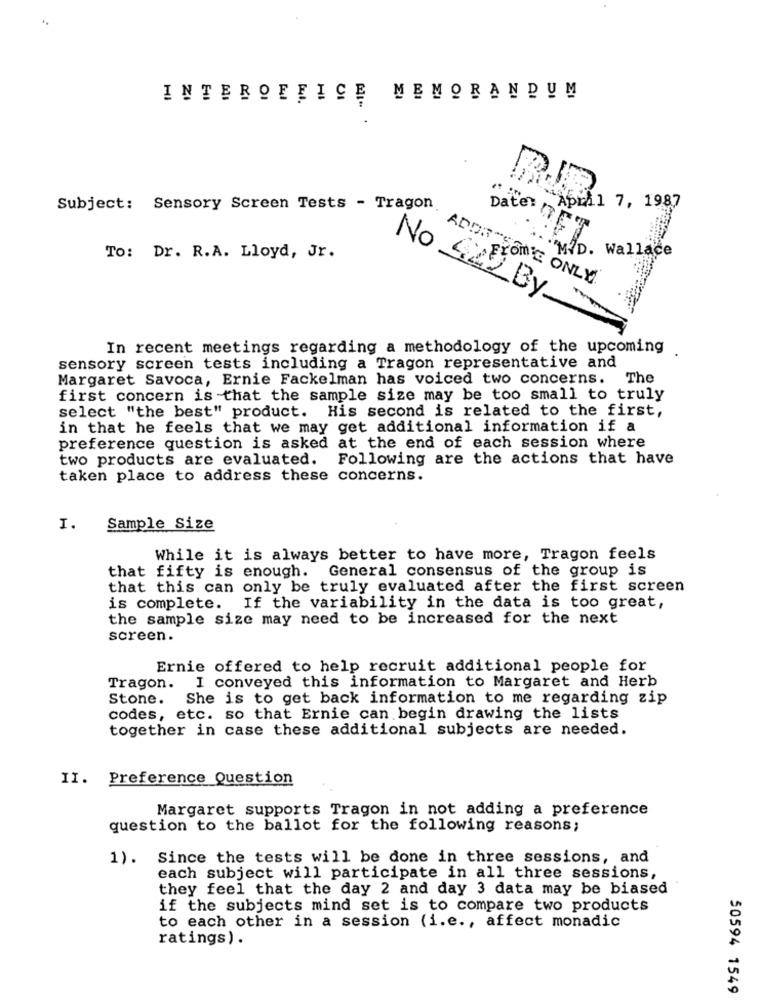
INTEROFFICE MEMORANDUM
Subject: Sensory Screen Tests - Tragon.
April 7, 1987
Date MET
ADDRES
To: Dr. R.A. Lloyd, Jr.
MID. Wallace
FROMIE ONLY
No 422 By
In recent meetings regarding a methodology of the upcoming
sensory screen tests including a Tragon representative and
Margaret Savoca, Ernie Fackelman has voiced two concerns. The
first concern is that the sample size may be too small to truly
select "the best" product. His second is related to the first,
in that he feels that we may get additional information if a
preference question is asked at the end of each session where
two products are evaluated.
Following are the actions that have
taken place to address these concerns.
I.
Sample Size
While it is always better to have more, Tragon feels
that fifty is enough. General consensus of the group is
that this can only be truly evaluated after the first screen
is complete. If the variability in the data is too great,
the sample size may need to be increased for the next
screen.
Ernie offered to help recruit additional people for
Tragon. I conveyed this information to Margaret and Herb
Stone. She is to get back information to me regarding zip
codes, etc. so that Ernie can begin drawing the lists
together in case these additional subjects are needed.
II. Preference Question
Margaret supports Tragon in not adding a preference
question to the ballot for the following reasons;
1). Since the tests will be done in three sessions, and
each subject will participate in all three sessions,
they feel that the day 2 and day 3 data may be biased
if the subjects mind set is to compare two products
to each other in a session (i.e ., affect monadic
ratings) .
50594 1549